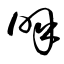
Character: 呼